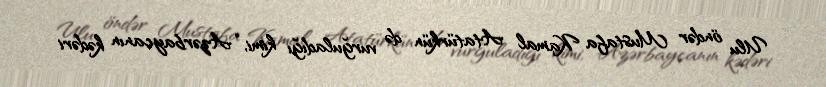
Ulu öndər Mustafa Kamal Atatürkün də vurğuladığı kimi, “Azərbaycanın kədəri